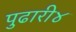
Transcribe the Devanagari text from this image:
पुढारी४